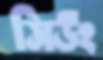
সিউং